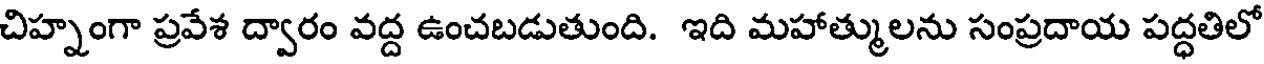
చిహ్నంగా ప్రవేశ ద్వారం వద్ద ఉంచబడుతుంది. ఇది మహాత్ములను సంప్రదాయ పద్ధతిలో